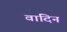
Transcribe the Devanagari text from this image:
वादिन